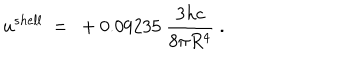
u ^ { s h e l l } \ = \ + 0 . 0 9 2 3 5 \ \frac { 3 h c } { 8 \pi R ^ { 4 } } \ .